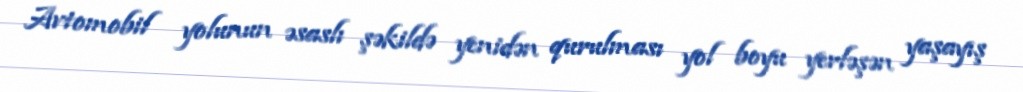
Avtomobil yolunun əsaslı şəkildə yenidən qurulması yol boyu yerləşən yaşayış